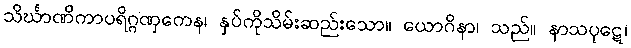
သိင်္ဃာဏိကာပရိဂ္ဂဏှကေန၊ နှပ်ကိုသိမ်းဆည်းသော။ ယောဂိနာ၊ သည်။ နာသပုဋေ၊